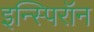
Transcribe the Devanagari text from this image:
इन्स्पिरॉन